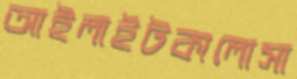
আইলাইটকালোসা